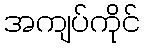
အကျပ်ကိုင်